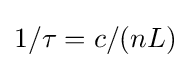
1/\tau =c/(nL)